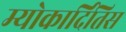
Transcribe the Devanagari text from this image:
म्योकार्दितिस